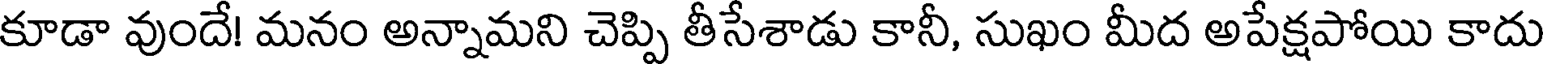
కూడా వుందే! మనం అన్నామని చెప్పి తీసేశాడు కానీ, సుఖం మీద అపేక్షపోయి కాదు